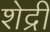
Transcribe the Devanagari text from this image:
शेद्री